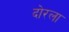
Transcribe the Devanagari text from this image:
दोरला